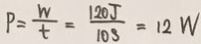
P = \frac { W } { t } = \frac { 1 2 0 J } { 1 0 3 } = 1 2 W